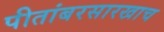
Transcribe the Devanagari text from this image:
पीतांबरसारखाच